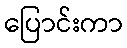
ပြောင်းကာ